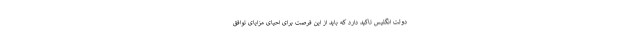
دولت انگلیس تاکید دارد که باید از این فرصت برای احیای مزایای توافق